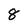
Character: 8